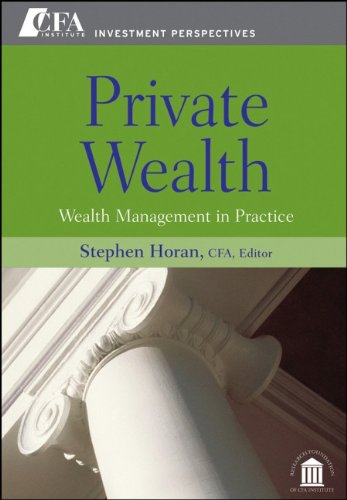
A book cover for Private Wealth: Wealth Management In Practice; Business & Money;